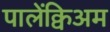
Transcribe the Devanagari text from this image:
पालेंक्विअम